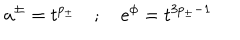
a ^ { \pm } = t ^ { p _ { \pm } } \quad ; \quad e ^ { \phi } = t ^ { 3 p _ { \pm } - 1 }